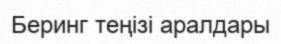
Беринг теңізі аралдары